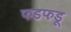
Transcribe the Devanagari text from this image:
फडफडू